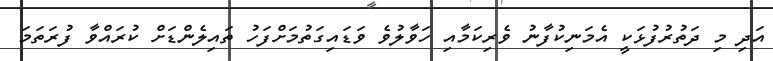
އަދި މި ދަތުރުފުޅަކީ އެމަނިކުފާނު ވެރިކަމާއި ހަވާލުވެ ވަޑައިގަތުމަށްފަހު ތައިލެންޑަށް ކުރައްވާ ފުރަތަމަ